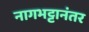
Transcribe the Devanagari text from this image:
नागभट्टानंतर